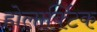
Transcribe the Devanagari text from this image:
होलार्क्टिक